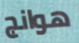
هوانج